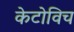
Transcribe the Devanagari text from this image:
केटोविच